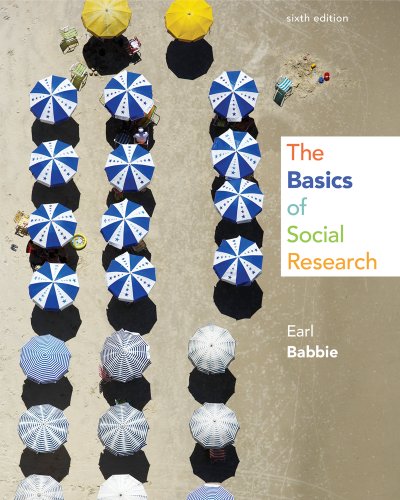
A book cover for The Basics of Social Research; Earl R. Babbie; Politics & Social Sciences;